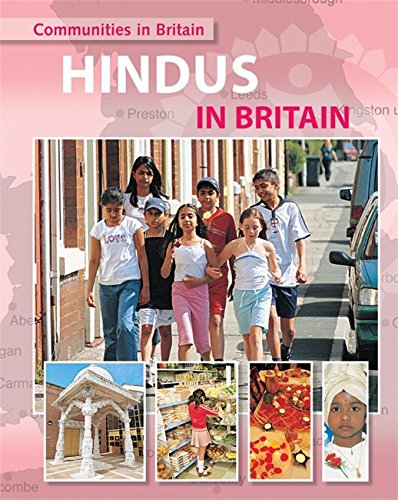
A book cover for Hindus in Britain (Communities in Britain); Fiona MacDonald; Children's Books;